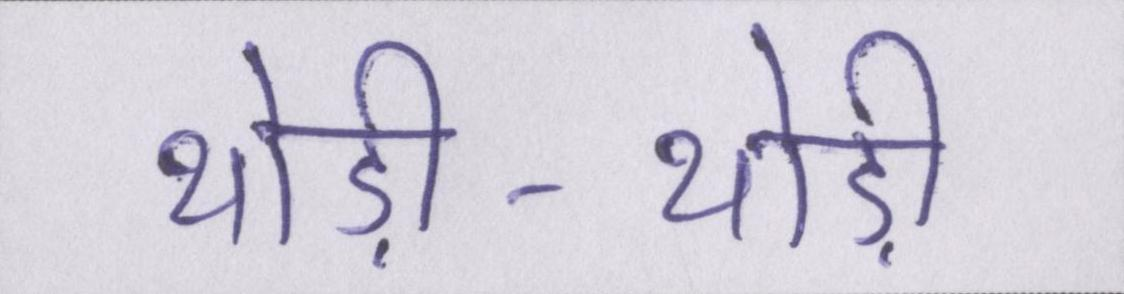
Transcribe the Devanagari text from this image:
थोड़ी-थोड़ी